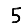
Digit: 5